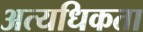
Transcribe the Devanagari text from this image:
अत्यधिकता